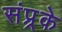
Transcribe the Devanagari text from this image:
संप्र्रके